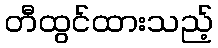
တီထွင်ထားသည့်